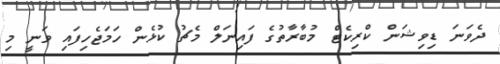
ދެވަނަ ޑިވިޝަން ކްރިކެޓް މުބާރާތުގެ ފައިނަލް މެޗު ކުޅެން ހަމަޖެހިފައި ވަނީ މި